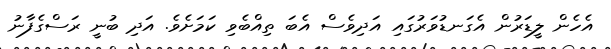
އެހެން ލީޑަރުން އެގަނޑުވަރުގައި އަދިވެސް އެބަ ތިއްބެވި ކަމަށެވެ. އަދި ބުނީ ރަސްގެފާނު